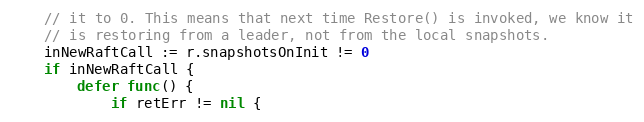
Language: Go
	// it to 0. This means that next time Restore() is invoked, we know it
	// is restoring from a leader, not from the local snapshots.
	inNewRaftCall := r.snapshotsOnInit != 0
	if inNewRaftCall {
		defer func() {
			if retErr != nil {